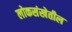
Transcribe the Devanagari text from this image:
लोकसंखेतील